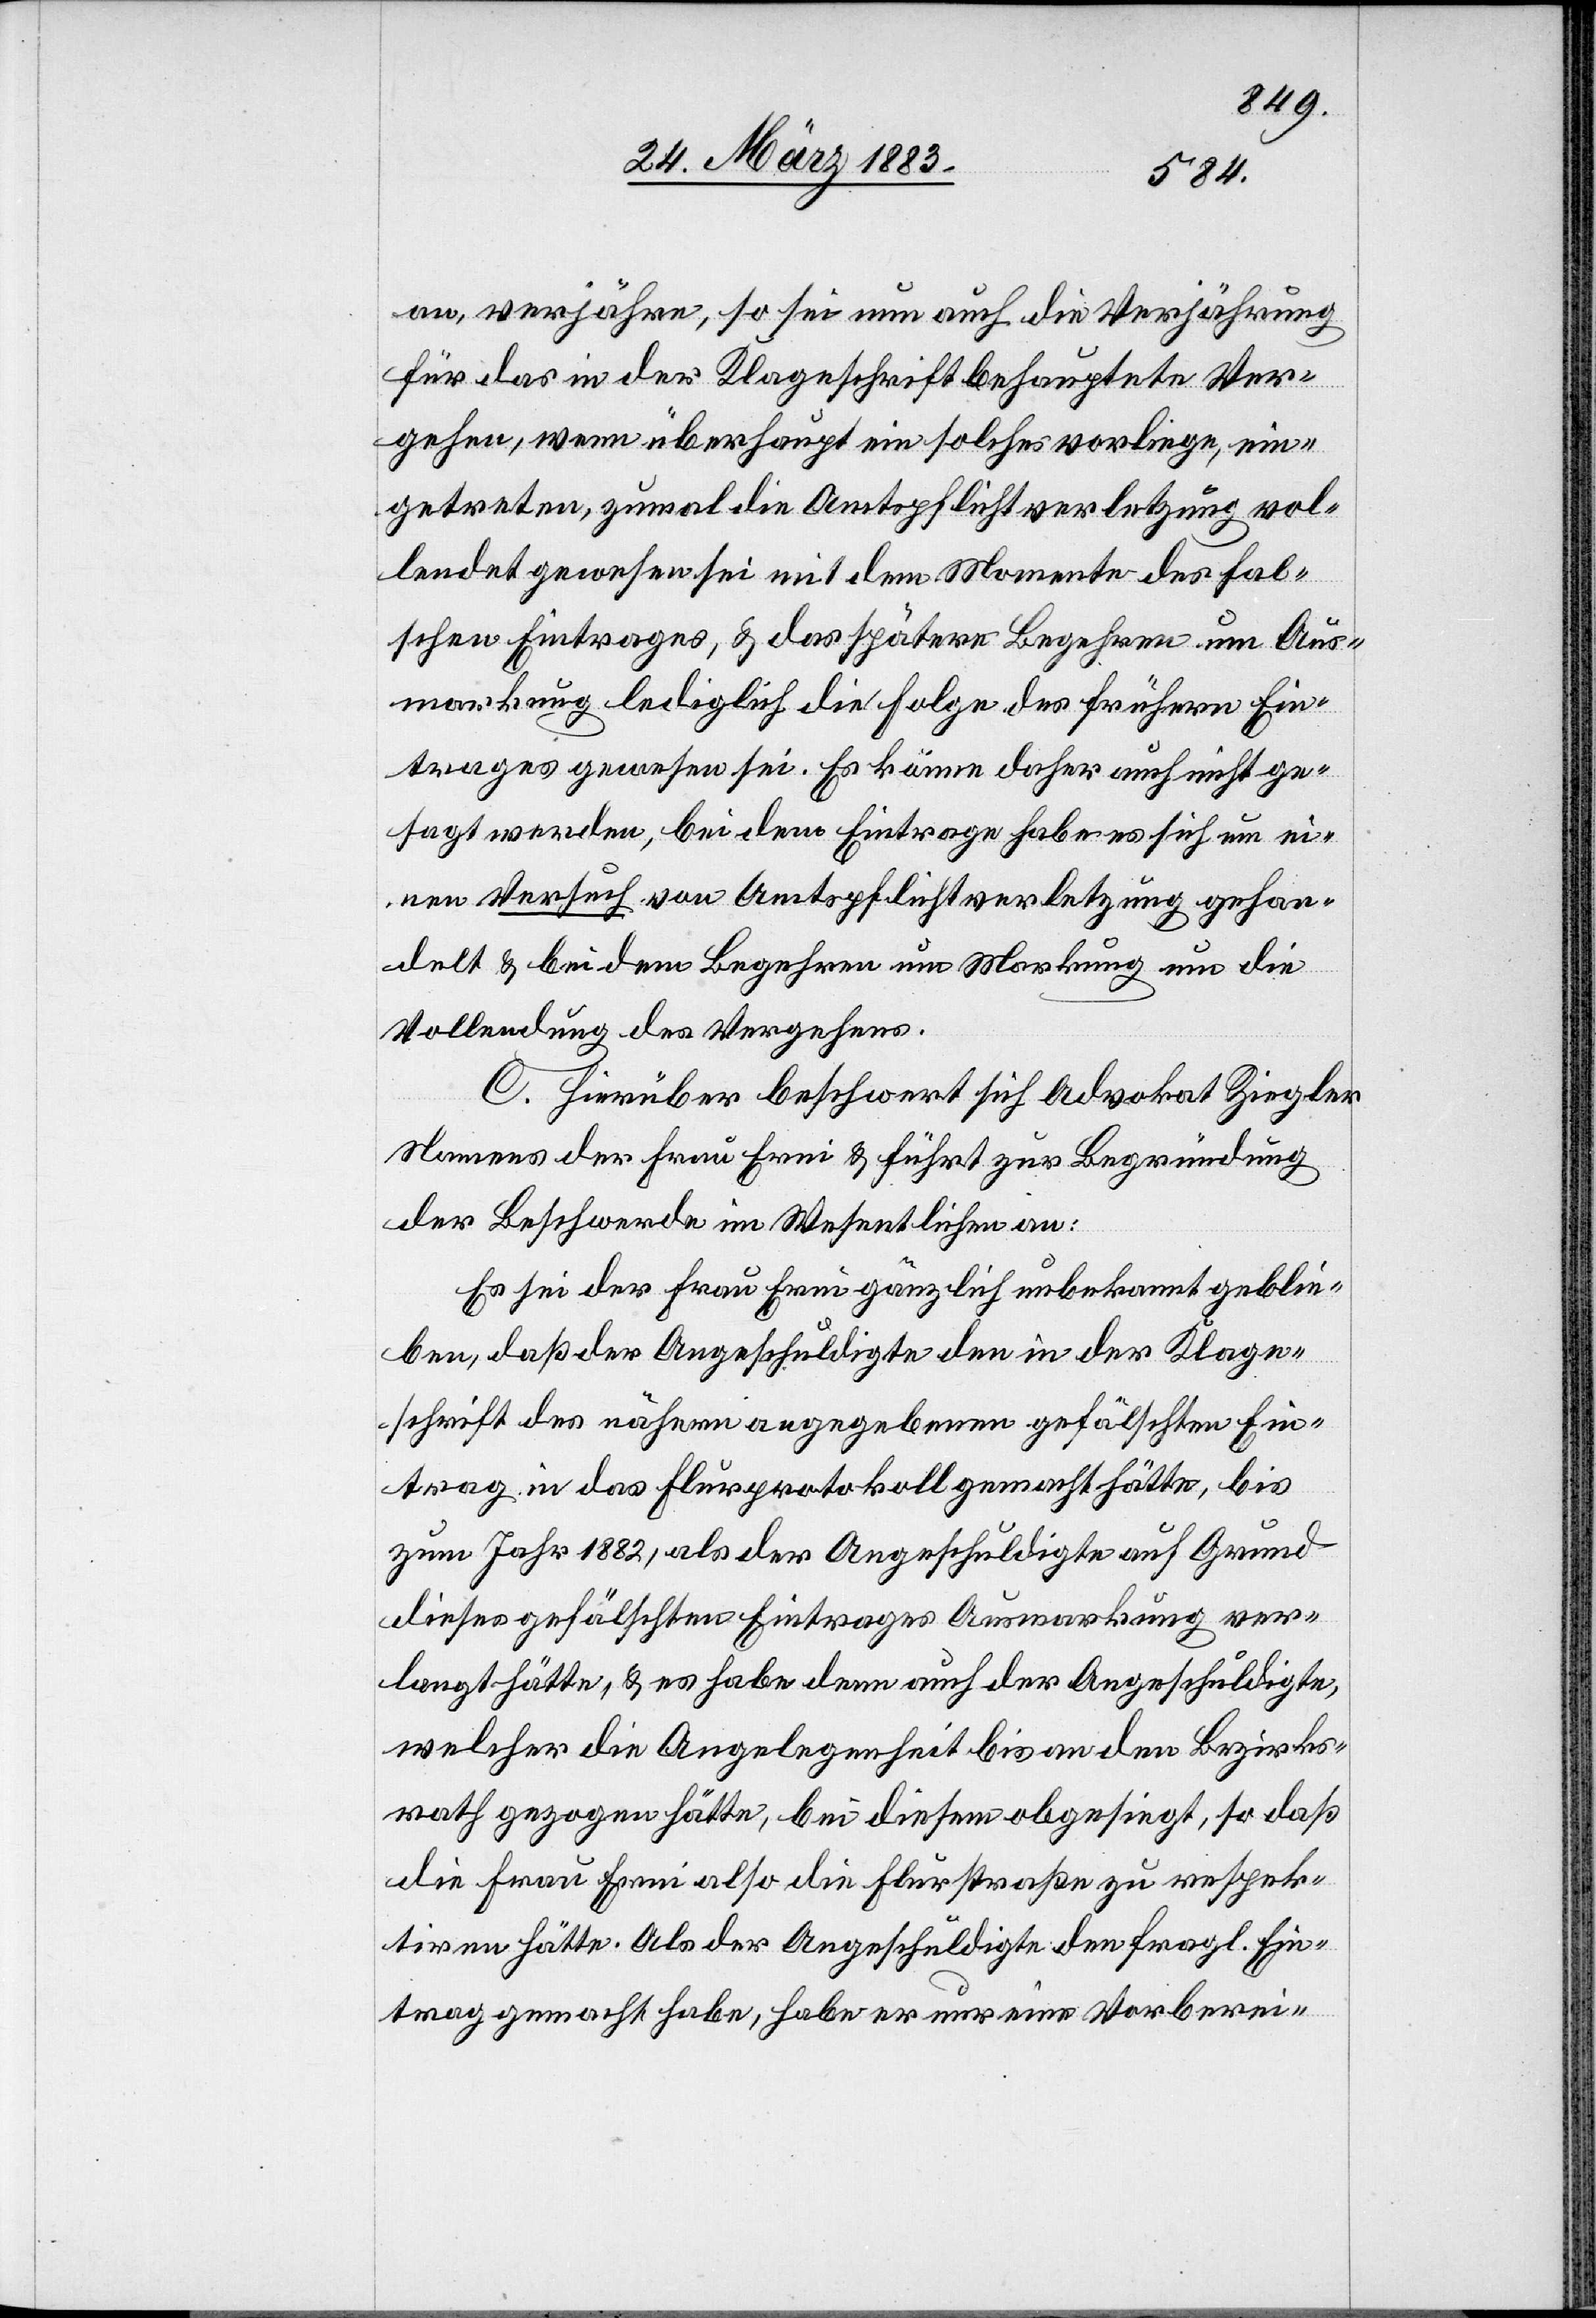
an, verjähre, so sei nun auch die Verjährung
für das in der Klageschrift behauptete Ver¬
gehen, wenn überhaupt ein solches vorliege, ein¬
getreten, zumal die Amtspflichtverletzung vol¬
lendet gewesen sei mit dem Momente des fal¬
schen Eintrages, & das spätere Begehren um Aus¬
markung lediglich die Folge des frühern Ein¬
trages gewesen sei. Es könne daher auch nicht ge¬
sagt werden, bei dem Eintrage habe es sich um ei¬
nen Versuch von Amtspflichtverletzung gehan¬
delt & bei dem Begehren um Markung um die
Vollendung des Vergehens.
C. Hierüber beschwert sich Advokat Ziegler
Namens der Frau Erni & führt zur Begründung
der Beschwerde im Wesentlichen an:
Es sei der Frau Erni gänzlich unbekannt geblie¬
ben, daß der Angeschuldigte den in der Klage¬
schrift des nähern angegebenen gefälschten Ein¬
trag in das Flurprotokoll gemacht hätte, bis
zum Jahr 1882, als der Angeschuldigte auf Grund
dieses gefälschten Eintrages Ausmarkung ver¬
langt hätte, & es habe denn auch der Angeschuldigte,
welcher die Angelegenheit bis an den Bezirks¬
rath gezogen hätte, bei diesem obgesiegt, so daß
die Frau Erni also die Flurstraße zu respek¬
tiren hätte. Als der Angeschuldigte den fragl. Ein¬
trag gemacht habe, habe er nur eine Vorberei-